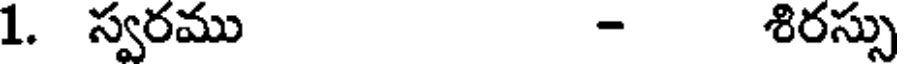
1. స్వరము - శిరస్సు